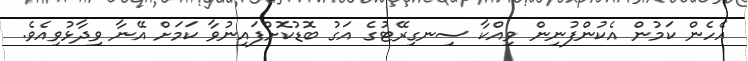
އެހެން ކަމުން އެކުންފުނިން ވިއްކާ ސިނގިރޭޓުގެ އަގު ބޮޑުކޮށްފައިނުވާ ކަމަށް އޭނާ ވިދާޅުވިއެވެ.